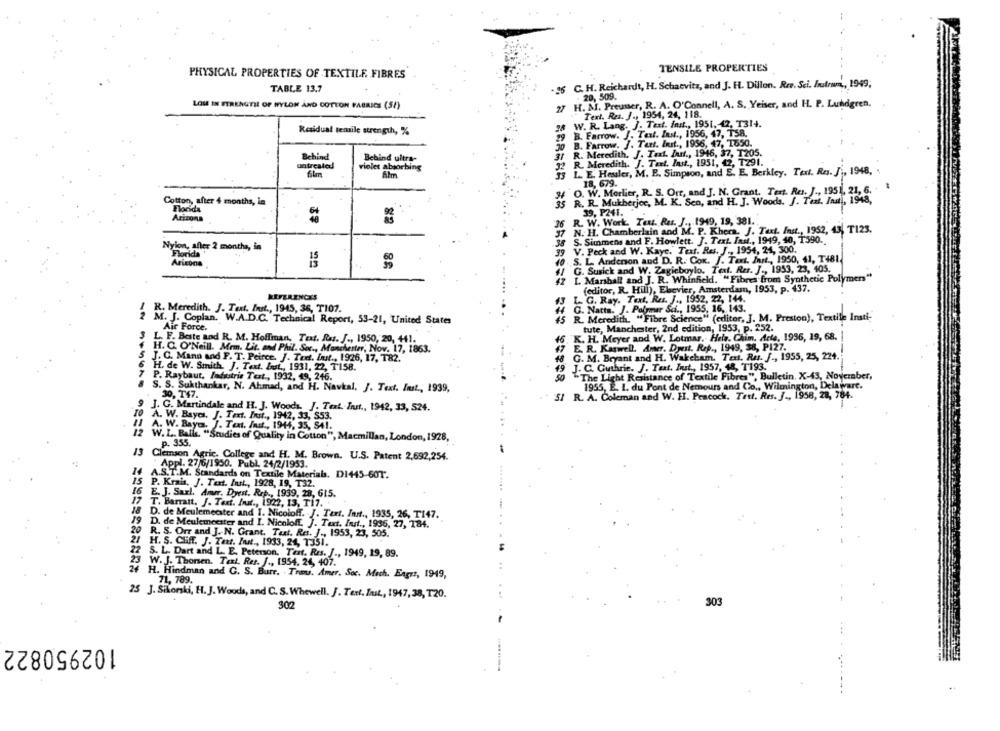
PHYSICAL PROPERTIES OF TEXTILE. FIBRES
TENSILE PROPERTIES
TABLE 13.7
16 C. H. Reichardt, H. Schaevitz, and J. H. Dillon. Ree. Sci. Instrum ,, 1949;
. 20, 509.
27 H. M. Preusser, R. A. O'Connell, A. S. Yeiser, and H. P. Lundgren.
LOME IN FTRENGTIL OF WYLON AND COTTON FABRICS (52)
Text. Res. J ., 1954, 24, 118.
28 W. R. Lang. J. Text. fast ., 1951, 42, 1314.
Residual tensile strength, %
29 B. Farrow. J. Test. Ind ., 1956, 47, TS8.
30 B. Farrow. J. Tart. Inst ., 1936, 47, 1650.
R. Meredith, J. Text. Jun ., 1946, 37, T205.
Behind
Behind ultra-
31
R. Meredith. J. Text, last ., 1951, 42, T291.
untreated
violet absorbing
32
film
33 L. E. Heuler, M. E. Simpson, and E. E. Berkley. Text. Res. J ., 1948,
18, 679.
I/ O. W. Morlier, R. S. Orr, and J. N. Grant. Tert. Ra. J ., 1951, 21, 6. "
Cotton, after 4 months, in
R. R. Mukherjee, M. K. Sen, and H. J. Woods. J. Text. Ind), 1948,
Florida
39, P241.
Arizona
82
36 R. W. Work. Text. Rus. J ., 1949, 19, 381.
36
37 N. H. Chamberlain and M. P. Khera. J. Text. Inst ., 1952, 43, T123.
38
S. Simmens and F. Howlett. J. Text. Jan ., 1949, 40, T390.
Nylon, after 2 months, in
Florida
39 V. Peck and W. Kaye. Text. Res. J ., 1954, 24, 300.
10. S. L. Andenon and D. R. Cox. J. Text. Inrt ., 1950, 41, T481.
1/ G. Susick and W. Zagieboylo. Text. Rer. J ., 1953, 23, 405.
42 [. Marshall and J. R. Whinfield. "Fibres from Synthetic Polymers"
(editor, R. Hill), Ebevier, Amsterdam, 1953, p. 437.
REFERENCES
L. G. Ray. Text, Ru. J ., 1952, 22, 144.
/ R. Meredith. J. Text. Inst ., 1945, 36, T107.
G. Natta. J. Polymer Sci ., 1955, 16, 143.
2 M. J. Coplan. W.A.D.C. Technical Report, 53-21, United States
45
R. Meredith. "Fibre Science" (editor, J. M. Preston), Textile Insti-
Air Force.
tute, Manchester, 2nd edition, 1953, p. 252.
K. H. Meyer and W. Lotmar. Hela. Chim. Acta, 1936, 19, 68.
L. F. Beste and R. M. Hoffman, Text. Res. J ., 1950, 20, +41.
16
H. C. O'Neill. Mrm. Lit. and Phil. Soc ., Manchester; Nov. 17, 1863.
E. R. Kaswell. Amer. Dyest. Rep ., 1949, 38, PI27.
5 J. C. Mann and F. T. Peirce. J. Tee. Inst ., 1926, 17, T82.
G. M. Bryant and H. Wakcham. Text. Rus. f ., 1955, 25, 224.
H. de W. Smith. J. Text. Just ., 1931, 22, T158.
J. C. Guthrie. J. Text. Inst ., 1957, 48, T193.
49
P. Raybaut, Industrie Test ., 1932, 49, 246.
50
"The Light Resistance of Textile Fibres", Bulletin. X-43, Noveraber,
8 S. S. Sukthankar, N. Ahmad, and H. Navkal, J. Text. Inst ., 1939,
1955, E. I. du Pont de Nemours and Co ., Wilmington, Delaware.
30, T47.
51 R. A. Coleman and W. H. Peacock. Tett. Res. J ., 1958, 28, 784.
9 J. G. Martindale and H. J. Woods. J. Text. Inst ., 1942, 33, 524.
A. W. Bayes, J. Text. Frst ., 1942, 33, 553.
11 A. W. Bayea. J. Text. Ind ., 1944, 35, 541.
12 W.L. Balle, "Studies of Quality in Cotton", Macmillan, London, 1928,
p. 355.
13 Clemson Agric. College and H. M. Brown. U.S. Patent 2,692,254.
Appl. 27/6/1950. Publ. 24/2/1953.
14
A.S.T.M. Standards on Textile Materials. DI445-607".
15 P. Krais, J. Text. Inst ., 1928, 19, T32.
16 E. J. Sarl. Anur. Dyest. Rep ., 1939, 28, 615.
17 T. Barratt. J. Text. Int ., 1922, 13, Ti7.
18 D. de Meulemeester and I. Nicoloff. J. Tert. Inst ., 1935, 26, T147.
19 D. de Meulemeester and I. Nicoloff. J. Text. Inut ., 1936, 27, 184.
20
R. S. Orr and J. N. Grant. Text. Res. J ., 1953, 23, 505.
21 H. S. CHf. J. Text. Int ., 1933, 24, 1351.
22 S. L. Dart and L. E. Peterson, Tert. Res. J ., 1949, 19, 89.
23 W. J. Thorsen. Text. Res. f ., 1954, 24, 407."
H. Hindman and G. S. Burr. . Trans. Amer. Soc. Mech. Engrs, 1949,
71, 789.
25 J. Sikorski, H. J. Woods, and C. S. Whewell. J. Tert. Inst ., 1947, 38, T20.
302
303
102950822